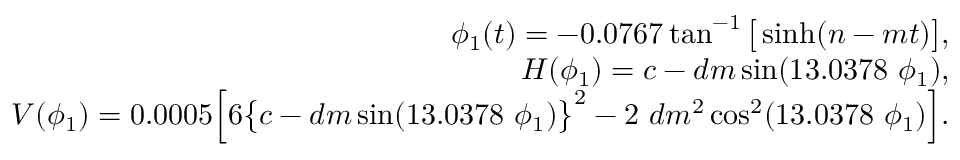
\begin{array} { r l r } & { } & { \phi _ { 1 } ( t ) = - 0 . 0 7 6 7 \tan ^ { - 1 } \big [ \sinh ( n - m t ) \big ] , } \\ & { } & { H ( \phi _ { 1 } ) = c - d m \sin ( 1 3 . 0 3 7 8 ~ \phi _ { 1 } ) , } \\ & { } & { V ( \phi _ { 1 } ) = 0 . 0 0 0 5 \Big [ 6 \big \{ c - d m \sin ( 1 3 . 0 3 7 8 ~ \phi _ { 1 } ) \big \} ^ { 2 } - 2 ~ d m ^ { 2 } \cos ^ { 2 } ( 1 3 . 0 3 7 8 ~ \phi _ { 1 } ) \Big ] . } \end{array}